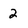
Character: 2